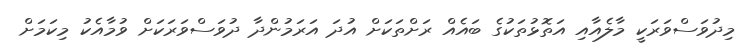
މިދުވަސްވަރަކީ މާލެއާއި އަތޮޅުތަކުގެ ބައެއް ރަށްތަކަށް އުދަ އަރަމުންދާ ދުވަސްވަރަކަށް ވުމާއެކު މިކަމަށް